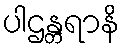
ပါဌန္တရာနိ